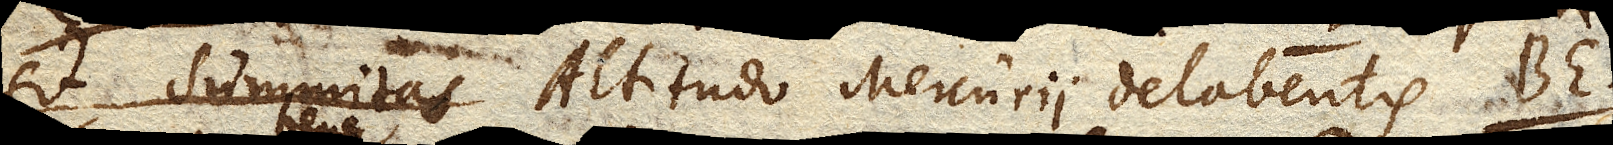
sit summitas Altitudo Mercurii dalabentis BE